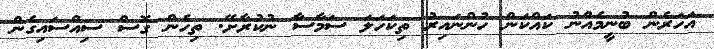
އަހަރެން ބުނީމެއްނު ކައްކަން ހުންނައިރު ތިކަހަލަ ސަމާސާ ނުކުރާށޭ. ތިހެން ގޮސް ސިއްސައިގެން